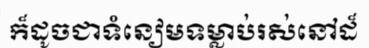
ក៏ដូចជាទំនៀមទម្លាប់រស់នៅដ៏